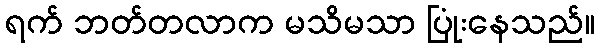
ရက် ဘတ်တလာက မသိမသာ ပြုံးနေသည်။